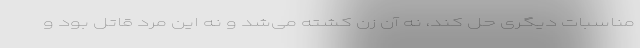
مناسبات دیگری حل کند، نه آن زن کشته می‌شد و نه این مرد قاتل بود و